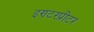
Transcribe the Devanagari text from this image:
इण्टरप्रीटर